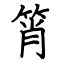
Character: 筲